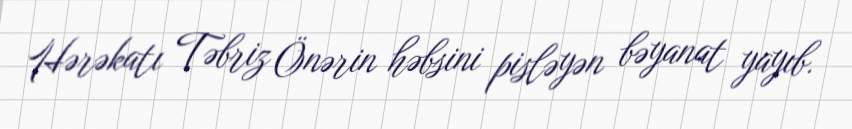
Hərəkatı Təbriz Önərin həbsini pisləyən bəyanat yayıb.